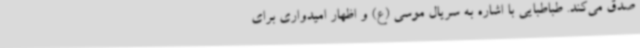
صدق می‌کند. طباطبایی با اشاره به سریال موسی (ع) و اظهار امیدواری برای